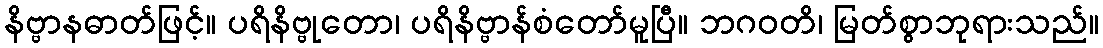
နိဗ္ဗာနဓာတ်ဖြင့်။ ပရိနိဗ္ဗုတော၊ ပရိနိဗ္ဗာန်စံတော်မူပြီ။ ဘဂဝတိ၊ မြတ်စွာဘုရားသည်။